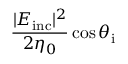
\frac { | E _ { \mathrm { i n c } } | ^ { 2 } } { 2 \eta _ { 0 } } \cos \theta _ { \mathrm { i } }